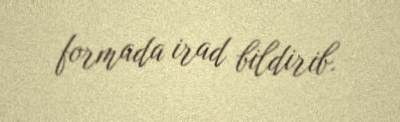
formada irad bildirib.